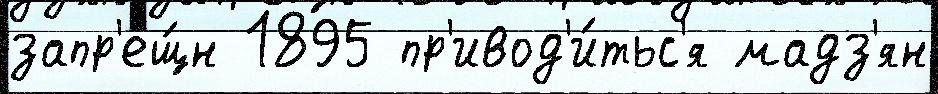
запр'ещ́н 1895 пр'ивод'и́тьс'я мадз'ян